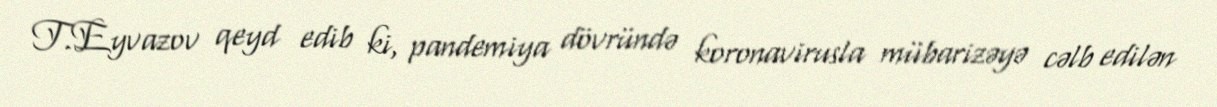
T.Eyvazov qeyd edib ki, pandemiya dövründə koronavirusla mübarizəyə cəlb edilən